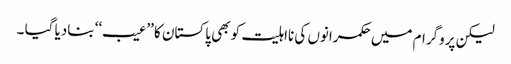
لیکن پروگرام میں حکمرانوں کی نااہلیت کو بھی پاکستان کا ’’عیب‘‘ بنادیا گیا ۔